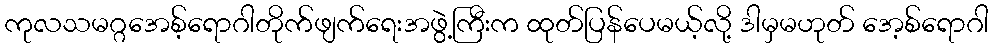
ကုလသမဂ္ဂအေစ့်ရောဂါတိုက်ဖျက်ရေးအဖွဲ့ကြီးက ထုတ်ပြန်ပေမယ့်လို့ ဒါမှမဟုတ် အေ့စ်ရောဂါ